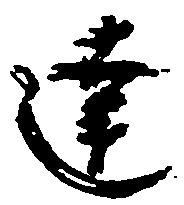
達